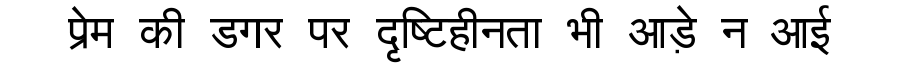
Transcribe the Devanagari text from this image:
प्रेम की डगर पर दृष्टिहीनता भी आड़े न आई